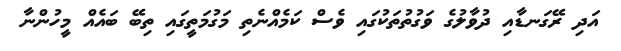
އަދި ރޭގަނޑާއި ދުވާލުގެ ވަގުތުތަކުގައި ވެސް ކަމެއްނެތި މަގުމަތީގައި ތިބޭ ބައެއް މީހުންނާ